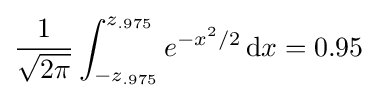
{\frac {1}{\sqrt {2\pi }}}\int _{-z_{.975}}^{z_{.975}}e^{-x^{2}/2}\,\mathrm {d} x=0.95